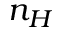
n _ { H }